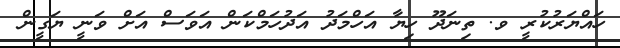
ހައްޔަރުކުރީ ވ. ތިނަދޫ ހިޔާ އަހްމަދު އަދުހަމްކަން އަވަސް އަށް ވަނީ ޔަގީން